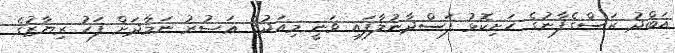
އަބްދު ރަސްގެފާނުގެ ހަށިކޮޅު ފަސްދާނުލާފައި ވަނީ މިއަދުގެ ޢަޞުރު ނަމާދަށް ފަހު ރިޔާޒުގެ